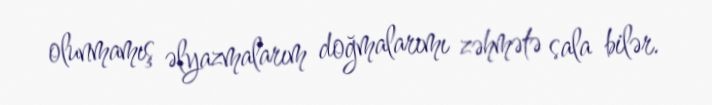
olunmamış əlyazmalarım doğmalarımı zəhmətə sala bilər.